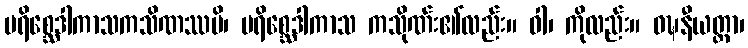
ပရိစ္ဆေဒါကာသကသိဏဿပိ၊ ပရိစ္ဆေဒါကာသ ကသိုဏ်း၏လည်း။ ဝါ၊ ကိုလည်း။ ဝဍ္ဎနီယတ္တာ၊